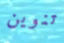
تنوين